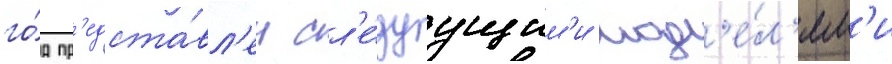
го́д пр'едста́вл'ен сл'е́дуущим'и мод'е́л'ям'и